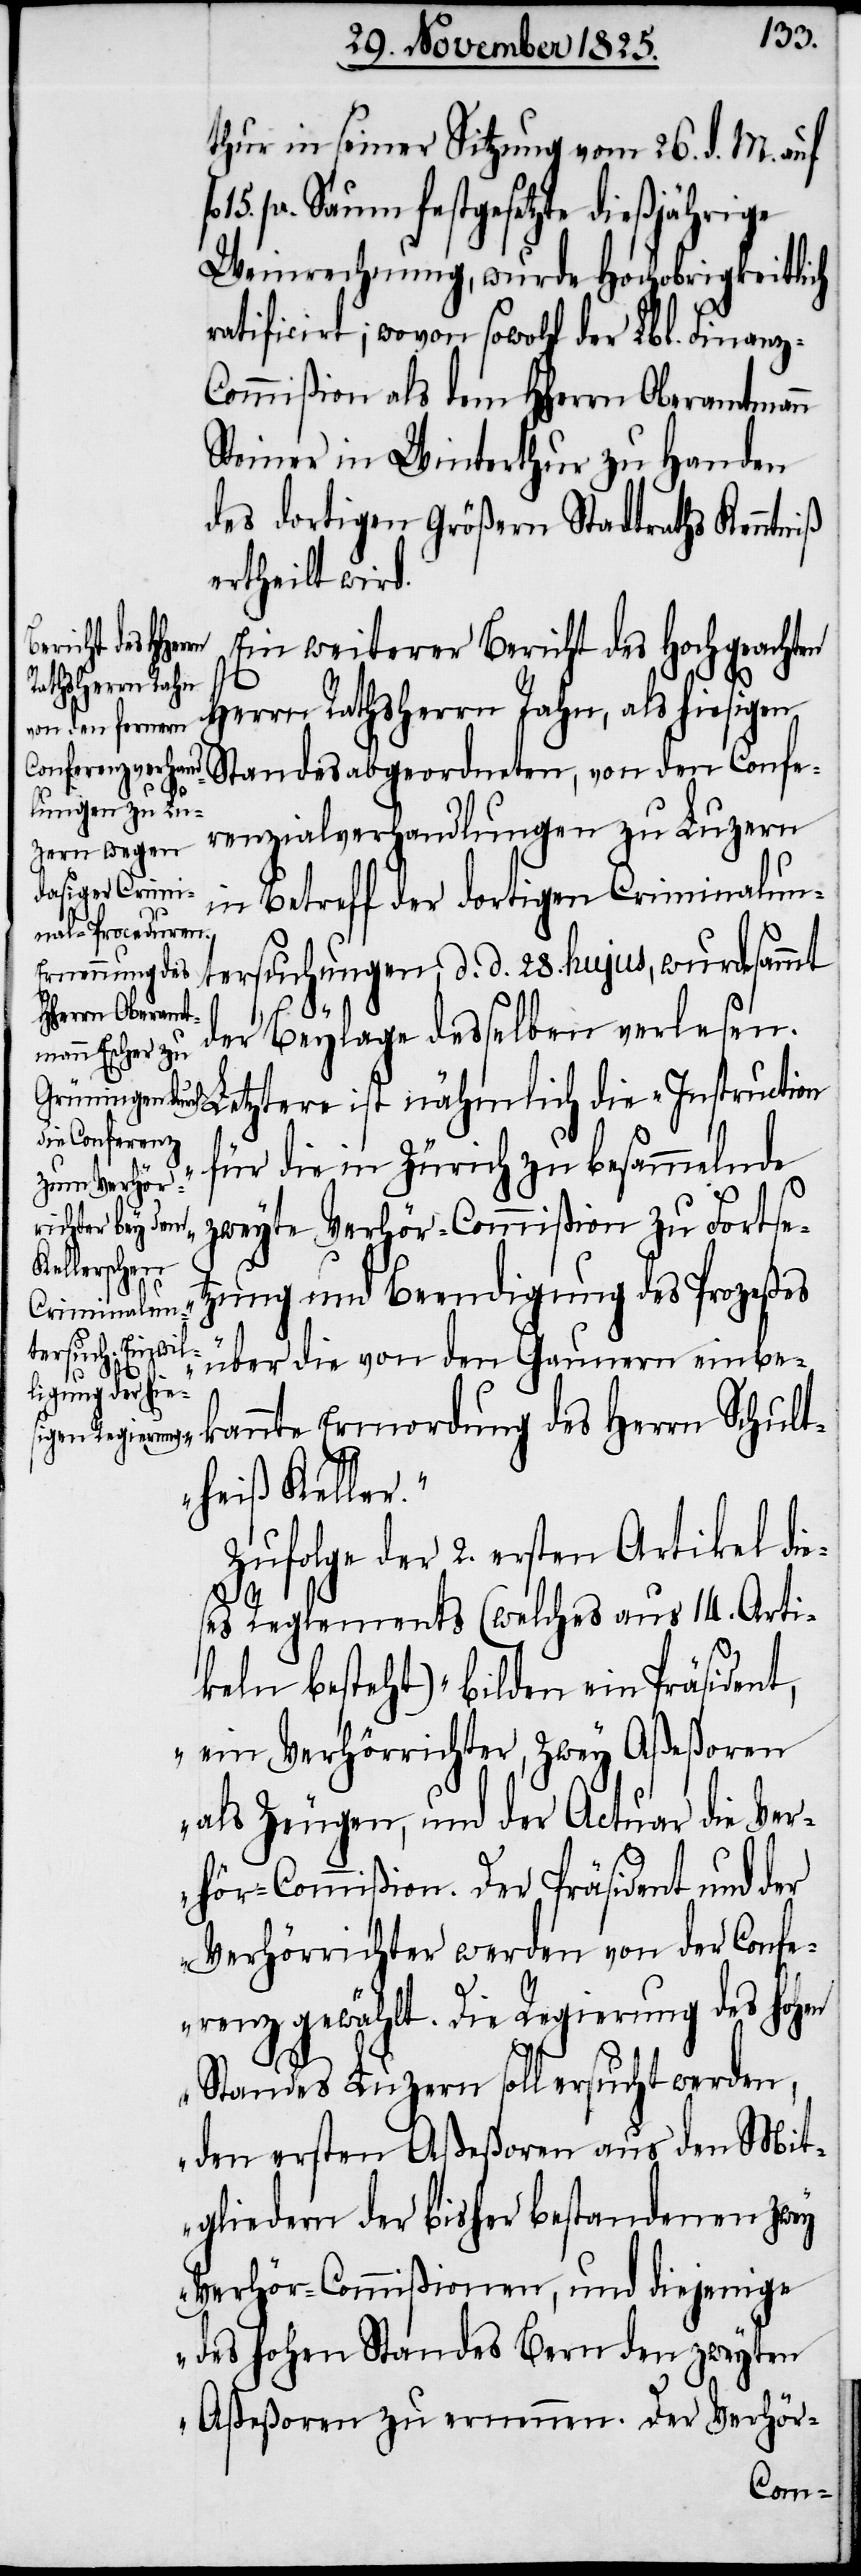
thur in seiner Sitzung vom 26. d. M. auf
pr. Saum festgesetzte dießjährige
Weinrechnung, wurde Hochobrigkeitlich
ratificirt; wovon sowohl der Lbl. Finanz-C¬
ommißion als dem HHerrn Oberamtmann
Steiner in Winterthur zu Handen
des dortigen Größern Stadtraths Kenntniß
ertheilt wird.
Ein weiterer Bericht des Hochgeachten
Herrn Rathsherr Rahn, als hiesigen
von den Confe¬
renzialverhandlungen zu Luzern
in Betreff der dortigen Criminalun¬
tersuchungen d. d. 28. hujus, wurde sammt
der Beylage desselben verlesen.
Letztere ist nähmlich die „Instruction
für die in Zürich zu besammelnde
zweyte Verhör-Commißion zu Fortse¬
tzung und Beendigung des Prozeßes
über die von den Gaunern einbe¬
Ver¬
kannte Ermordung des Herrn Schult¬
heiß Keller.“
Zufolge der 2. ersten Artikel die¬
ses Reglements (welches aus 14. Arti¬
keln besteht) „bilden ein Präsident,
ein Verhörrichter, zwey Aßeßoren
hör-Commißion. Der Präsident und der
Verhörrichter werden von der Confe¬
renz gewählt. Die Regierung des hohen
Standes Luzern soll ersucht werden,
den ersten Aßeßoren aus den Mit¬
gliedern der bisher bestandenen zwey
Verhör-Commißionen, und diejenige
des hohen Standes Bern den zweyten
Aßeßoren zu ernennen. Der Verhör-